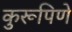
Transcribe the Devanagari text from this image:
कुरूपिणे